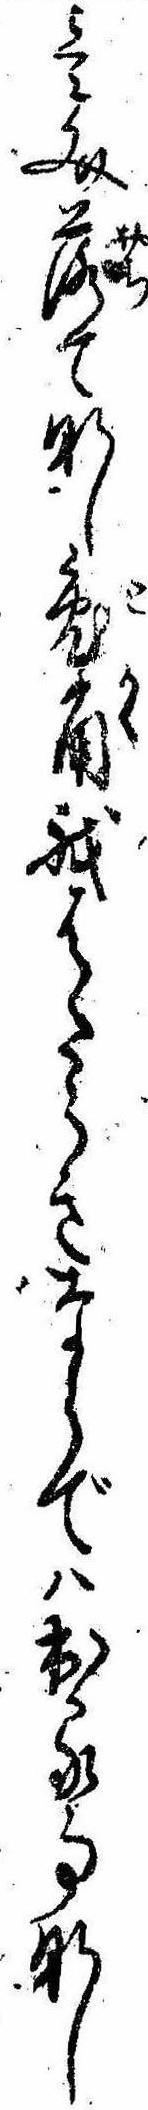
壱文落てなし兎角我はたらきならでは出る事なし